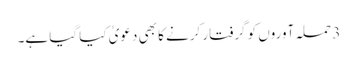
3 حملہ آوروں کو گرفتار کرنے کا بھی دعویٰ کیا گیا ہے۔